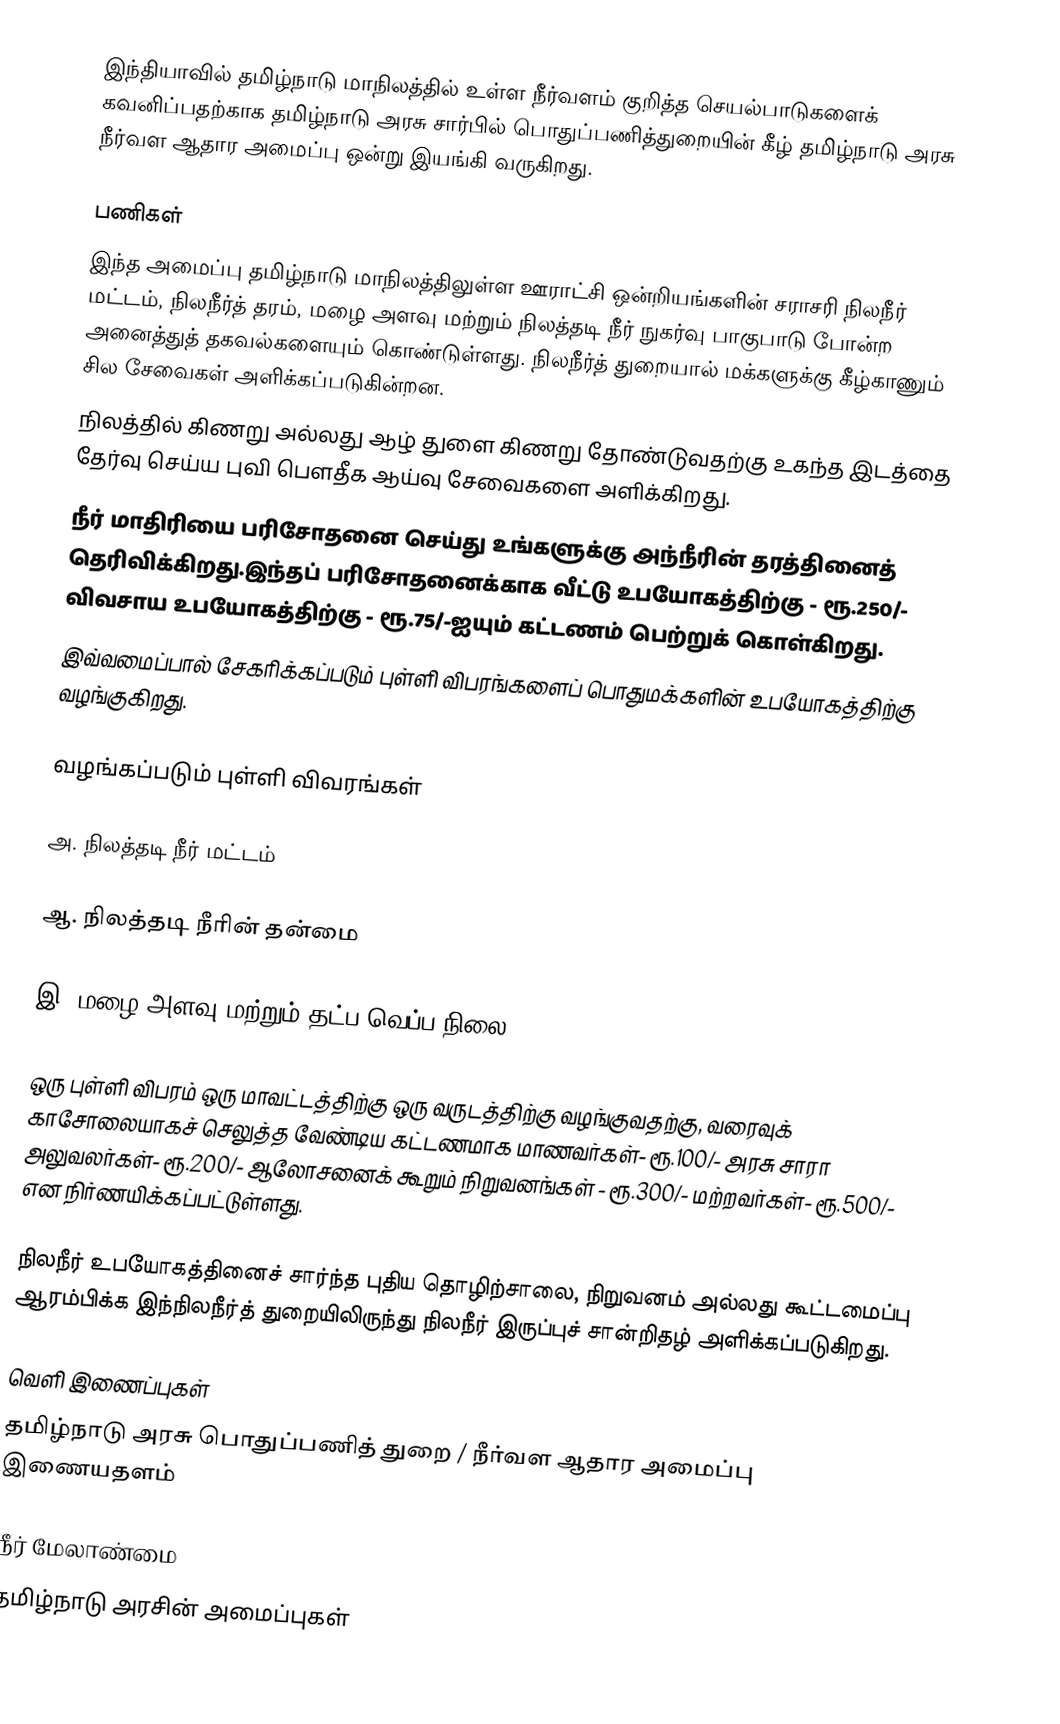
இந்தியாவில் தமிழ்நாடு மாநிலத்தில் உள்ள நீர்வளம் குறித்த செயல்பாடுகளைக் கவனிப்பதற்காக தமிழ்நாடு அரசு சார்பில் பொதுப்பணித்துறையின் கீழ் தமிழ்நாடு அரசு நீர்வள ஆதார அமைப்பு ஒன்று இயங்கி வருகிறது.

பணிகள்
இந்த அமைப்பு தமிழ்நாடு மாநிலத்திலுள்ள ஊராட்சி ஒன்றியங்களின் சராசரி நிலநீர் மட்டம், நிலநீர்த் தரம், மழை அளவு மற்றும் நிலத்தடி நீர்  நுகர்வு பாகுபாடு போன்ற அனைத்துத் தகவல்களையும் கொண்டுள்ளது. நிலநீர்த் துறையால்  மக்களுக்கு கீழ்காணும் சில சேவைகள் அளிக்கப்படுகின்றன.
 நிலத்தில் கிணறு அல்லது ஆழ் துளை கிணறு தோண்டுவதற்கு உகந்த இடத்தை தேர்வு செய்ய புவி பௌதீக ஆய்வு சேவைகளை அளிக்கிறது.
 நீர் மாதிரியை பரிசோதனை செய்து உங்களுக்கு அந்நீரின் தரத்தினைத் தெரிவிக்கிறது.இந்தப் பரிசோதனைக்காக வீட்டு உபயோகத்திற்கு - ரூ.250/- விவசாய உபயோகத்திற்கு - ரூ.75/-ஐயும் கட்டணம் பெற்றுக் கொள்கிறது.
 இவ்வமைப்பால் சேகரிக்கப்படும் புள்ளி விபரங்களைப் பொதுமக்களின் உபயோகத்திற்கு வழங்குகிறது.

வழங்கப்படும் புள்ளி விவரங்கள்

அ. நிலத்தடி நீர் மட்டம்

ஆ. நிலத்தடி நீரின் தன்மை

இ. மழை அளவு மற்றும் தட்ப வெப்ப நிலை

ஒரு புள்ளி விபரம் ஒரு மாவட்டத்திற்கு ஒரு வருடத்திற்கு வழங்குவதற்கு, வரைவுக் காசோலையாகச் செலுத்த வேண்டிய கட்டணமாக மாணவர்கள்- ரூ.100/- அரசு சாரா அலுவலர்கள்- ரூ.200/- ஆலோசனைக் கூறும் நிறுவனங்கள் - ரூ.300/- மற்றவர்கள்- ரூ.500/- என நிர்ணயிக்கப்பட்டுள்ளது.

 நிலநீர் உபயோகத்தினைச் சார்ந்த புதிய தொழிற்சாலை, நிறுவனம் அல்லது கூட்டமைப்பு ஆரம்பிக்க இந்நிலநீர்த் துறையிலிருந்து நிலநீர் இருப்புச் சான்றிதழ் அளிக்கப்படுகிறது.

வெளி இணைப்புகள்
  தமிழ்நாடு அரசு பொதுப்பணித் துறை / நீர்வள ஆதார அமைப்பு இணையதளம்

நீர் மேலாண்மை
தமிழ்நாடு அரசின் அமைப்புகள்